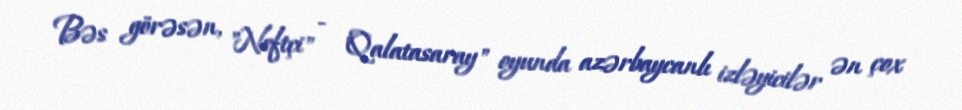
Bəs görəsən, "Neftçi" - "Qalatasaray" oyunda azərbaycanlı izləyicilər ən çox